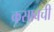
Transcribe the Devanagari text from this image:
कसाबची